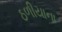
ઠળીયાના